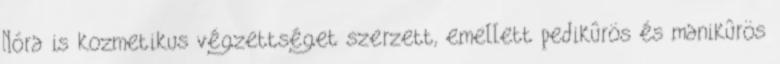
Nóra is kozmetikus végzettséget szerzett, emellett pedikûrös és manikûrös